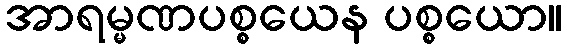
အာရမ္မဏပစ္စယေန ပစ္စယော။